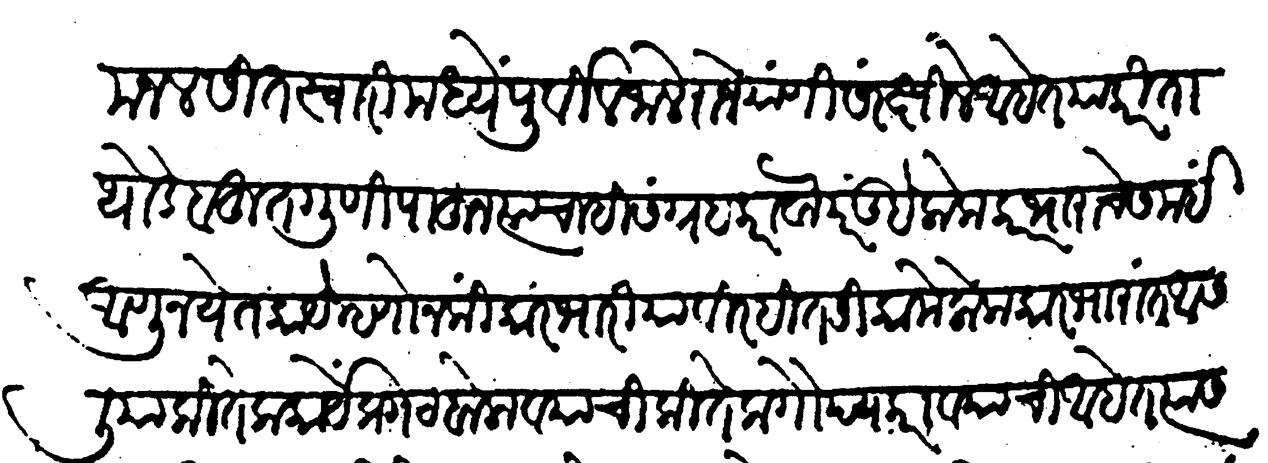
Transliteration (Devanagari): मजलसींत स्वारीमध्ये पूर्वील जाले राजे यांणी संरक्षिले आहेत याकरिता थोडे बहुत गुणी पाहून त्यांचाहि संग्रह करावा. परंतु हे लोक कारभाराचे समई आणूं नयेत कायें म्हणोन कीं कारभारिया विरहित रिकामे लोक कारभारांत आसलिया कितेक कार्यें प्रगट बोलावयाचीं कितेक गौप्य करावयाची आहेत त्यास